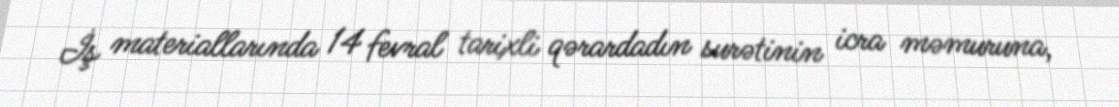
İş materiallarında 14 fevral tarixli qərardadın surətinin icra məmuruna,